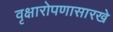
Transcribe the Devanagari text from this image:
वृक्षारोपणासारखे